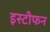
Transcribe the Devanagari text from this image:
इस्टीफन